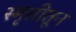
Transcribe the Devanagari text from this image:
स्मृतीतून